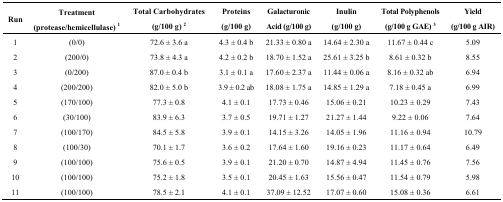
<table><thead><tr><td><b>Run</b></td><td><b>Treatment (protease/hemicellulase) <sup>1</sup></b></td><td><b>Total Carbohydrates (g/100 g) <sup>2</sup></b></td><td><b>Proteins (g/100 g)</b></td><td><b>Galacturonic Acid (g/100 g)</b></td><td><b>Inulin (g/100 g)</b></td><td><b>Total Polyphenols (g/100 g GAE) <sup>3</sup></b></td><td><b>Yield (g/100 g AIR)</b></td></tr></thead><tbody><tr><td>1</td><td>(0/0)</td><td>72.6 ± 3.6 a</td><td>4.3 ± 0.4 b</td><td>21.33 ± 0.80 a</td><td>14.64 ± 2.30 a</td><td>11.67 ± 0.44 c</td><td>5.09</td></tr><tr><td>2</td><td>(200/0)</td><td>73.8 ± 4.3 a</td><td>4.2 ± 0.2 b</td><td>18.70 ± 1.52 a</td><td>25.61 ± 3.25 b</td><td>8.61 ± 0.32 b</td><td>8.55</td></tr><tr><td>3</td><td>(0/200)</td><td>87.0 ± 0.4 b</td><td>3.1 ± 0.1 a</td><td>17.60 ± 2.37 a</td><td>11.44 ± 0.06 a</td><td>8.16 ± 0.32 ab</td><td>6.94</td></tr><tr><td>4</td><td>(200/200)</td><td>82.0 ± 5.0 b</td><td>3.9 ± 0.2 ab</td><td>18.08 ± 1.75 a</td><td>14.85 ± 1.29 a</td><td>7.18 ± 0.45 a</td><td>6.99</td></tr><tr><td>5</td><td>(170/100)</td><td>77.3 ± 0.8</td><td>4.1 ± 0.1</td><td>17.73 ± 0.46</td><td>15.06 ± 0.21</td><td>10.23 ± 0.29</td><td>7.43</td></tr><tr><td>6</td><td>(30/100)</td><td>83.9 ± 6.3</td><td>3.7 ± 0.5</td><td>19.71 ± 1.27</td><td>21.27 ± 1.44</td><td>9.22 ± 0.06</td><td>7.64</td></tr><tr><td>7</td><td>(100/170)</td><td>84.5 ± 5.8</td><td>3.9 ± 0.1</td><td>14.15 ± 3.26</td><td>14.05 ± 1.96</td><td>11.16 ± 0.94</td><td>10.79</td></tr><tr><td>8</td><td>(100/30)</td><td>70.1 ± 1.7</td><td>3.6 ± 0.2</td><td>17.64 ± 1.60</td><td>19.16 ± 0.23</td><td>11.17 ± 0.64</td><td>6.49</td></tr><tr><td>9</td><td>(100/100)</td><td>75.6 ± 0.5</td><td>3.9 ± 0.1</td><td>21.20 ± 0.70</td><td>14.87 ± 4.94</td><td>11.45 ± 0.76</td><td>7.56</td></tr><tr><td>10</td><td>(100/100)</td><td>75.2 ± 1.8</td><td>3.5 ± 0.1</td><td>20.45 ± 1.63</td><td>15.56 ± 0.47</td><td>11.54 ± 0.79</td><td>5.98</td></tr><tr><td>11</td><td>(100/100)</td><td>78.5 ± 2.1</td><td>4.1 ± 0.1</td><td>37.09 ± 12.52</td><td>17.07 ± 0.60</td><td>15.08 ± 0.36</td><td>6.61</td></tr></tbody></table>